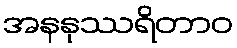
အနနုဿရိတာဝ